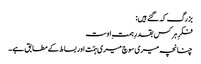
بزرگ کہ گئے ہیں:
فکرِ ہر کس بقدرِ ہمتِ اوست
چنانچہ میری سوچ میری ہمّت اور بساط کے مطابق ہے ۔